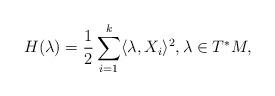
LaTeX: \begin{align*}H(\lambda) = \frac{1}{2}\sum_{i=1}^k \langle \lambda,X_i \rangle^2, \lambda \in T^*M,\end{align*}